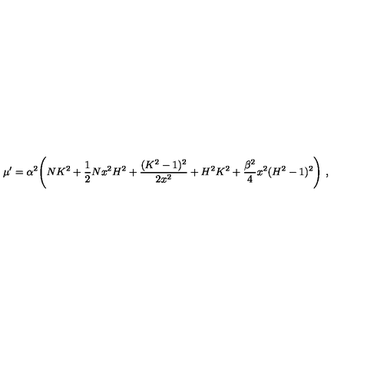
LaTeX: \mu ^ { \prime } = \alpha ^ { 2 } \Biggl ( N K ^ { 2 } + \frac { 1 } { 2 } N x ^ { 2 } H ^ { 2 } + \frac { ( K ^ { 2 } - 1 ) ^ { 2 } } { 2 x ^ { 2 } } + H ^ { 2 } K ^ { 2 } + \frac { \beta ^ { 2 } } { 4 } x ^ { 2 } ( H ^ { 2 } - 1 ) ^ { 2 } \Biggr ) \ ,